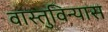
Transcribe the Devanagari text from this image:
वास्तुविन्यास